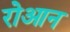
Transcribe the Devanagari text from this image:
रोआन